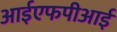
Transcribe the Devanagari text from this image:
आईएफपीआई